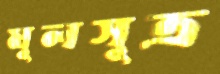
মূলসূত্র